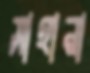
সাহানা